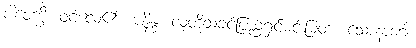
ပါဝေက္ခိ၊ ဝင်လေ၏။ ဇနိန္ဒ၊ လူတို့သခင်ပြည့်ရှင်မင်းမြတ်။ သောနာဂေါ၊